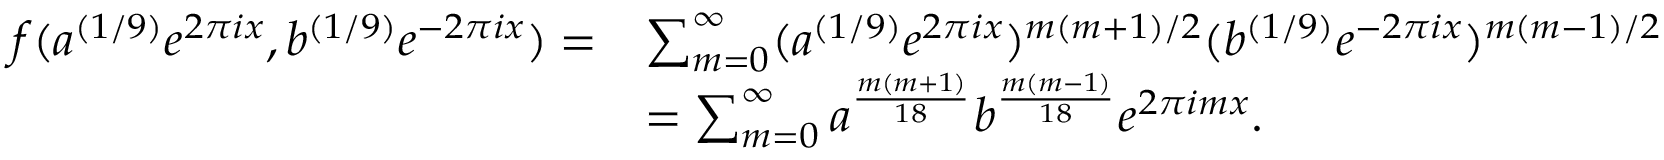
\begin{array} { r l } { f ( a ^ { ( 1 / 9 ) } e ^ { 2 \pi i x } , b ^ { ( 1 / 9 ) } e ^ { - 2 \pi i x } ) = } & { \sum _ { m = 0 } ^ { \infty } ( a ^ { ( 1 / 9 ) } e ^ { 2 \pi i x } ) ^ { m ( m + 1 ) / 2 } ( b ^ { ( 1 / 9 ) } e ^ { - 2 \pi i x } ) ^ { m ( m - 1 ) / 2 } } \\ & { = \sum _ { m = 0 } ^ { \infty } a ^ { \frac { m ( m + 1 ) } { 1 8 } } b ^ { \frac { m ( m - 1 ) } { 1 8 } } e ^ { 2 \pi i m x } . } \end{array}